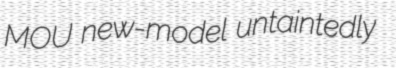
MOU new-model untaintedly